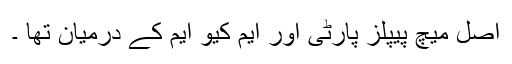
اصل میچ پیپلز پارٹی اور ایم کیو ایم کے درمیان تھا ۔